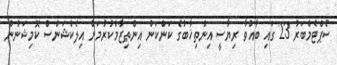
ސެޕްޓެމްބަރު 23 ގައި ބާއްވާ ރިޔާސީ އިންތިޚާބުގެ ކަންކަން އިންތިޒާމްކުރުމަށް އިލެކްޝަންސް ކޮމިޝަނުން